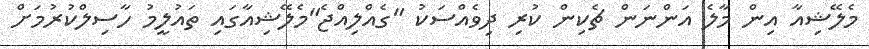
މެލޭޝިއާ އިން މާލެ އަންނަން ޗެކިން ކުރި ދިވެއްސަކު "ގެއްލިއްޖެ"މެލޭޝިއާގައި ތައުލީމު ހާސިލްކުރުމަށް